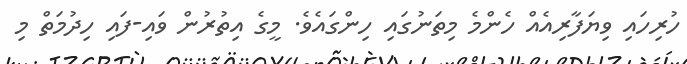
ހުރިހައި ވިޔަފާރިއެއް ހެންމެ މިތަނުގައި ހިންގައެވެ. މީގެ އިތުރުން ވައި-ފައި ހިދުމަތް މި